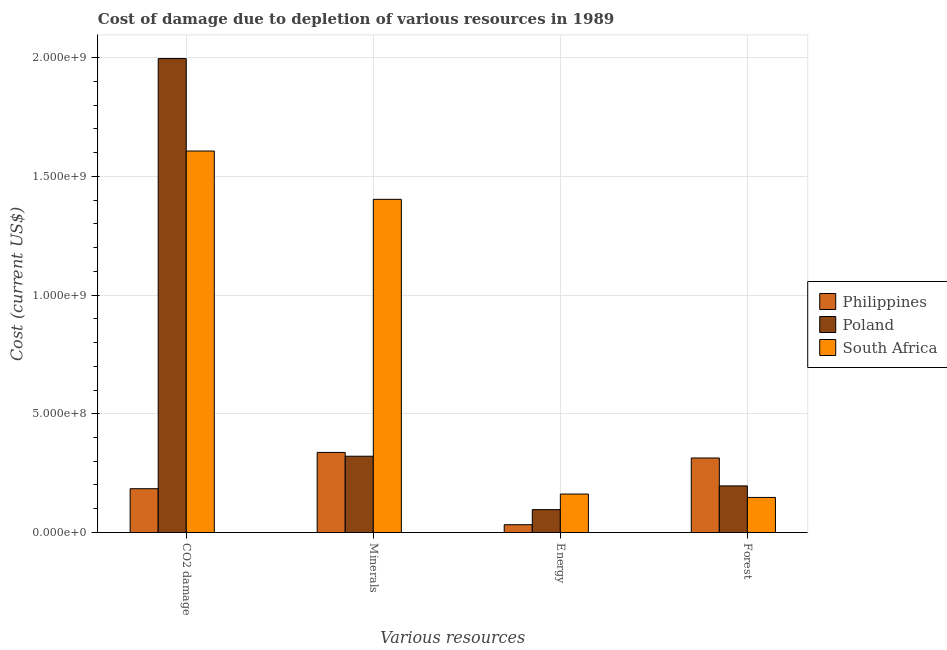
| Various resources | Philippines | Poland | South Africa |
 | --- | --- | --- | --- |
 | CO2 damage | 1.84e+08 | 2e+09 | 1.61e+09 |
 | Minerals | 3.37e+08 | 3.21e+08 | 1.4e+09 |
 | Energy | 3.27e+07 | 9.63e+07 | 1.62e+08 |
 | Forest | 3.14e+08 | 1.96e+08 | 1.48e+08 |